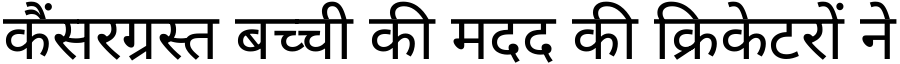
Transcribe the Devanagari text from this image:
कैंसरग्रस्त बच्ची की मदद की क्रिकेटरों ने